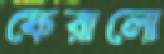
ফেরালো